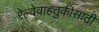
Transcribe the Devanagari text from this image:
रेल्वेवाहतुकीसाठी